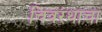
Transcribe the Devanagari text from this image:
चित्ररथाचा